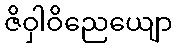
ဇိဝှါဝိညေယျော